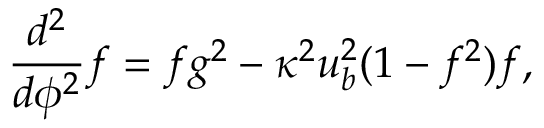
\frac { d ^ { 2 } } { d \phi ^ { 2 } } f = f g ^ { 2 } - \kappa ^ { 2 } u _ { b } ^ { 2 } ( 1 - f ^ { 2 } ) f ,